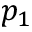
p _ { 1 }